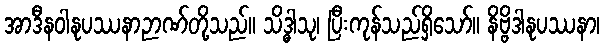
အာဒီနဝါနုပဿနာဉာဏ်တို့သည်။ သိဒ္ဓါသု၊ ပြီးကုန်သည်ရှိသော်။ နိဗ္ဗိဒါနုပဿနာ၊